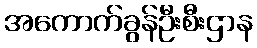
အကောက်ခွန်ဦးစီးဌာန